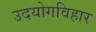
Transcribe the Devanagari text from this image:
उदयोगविहार